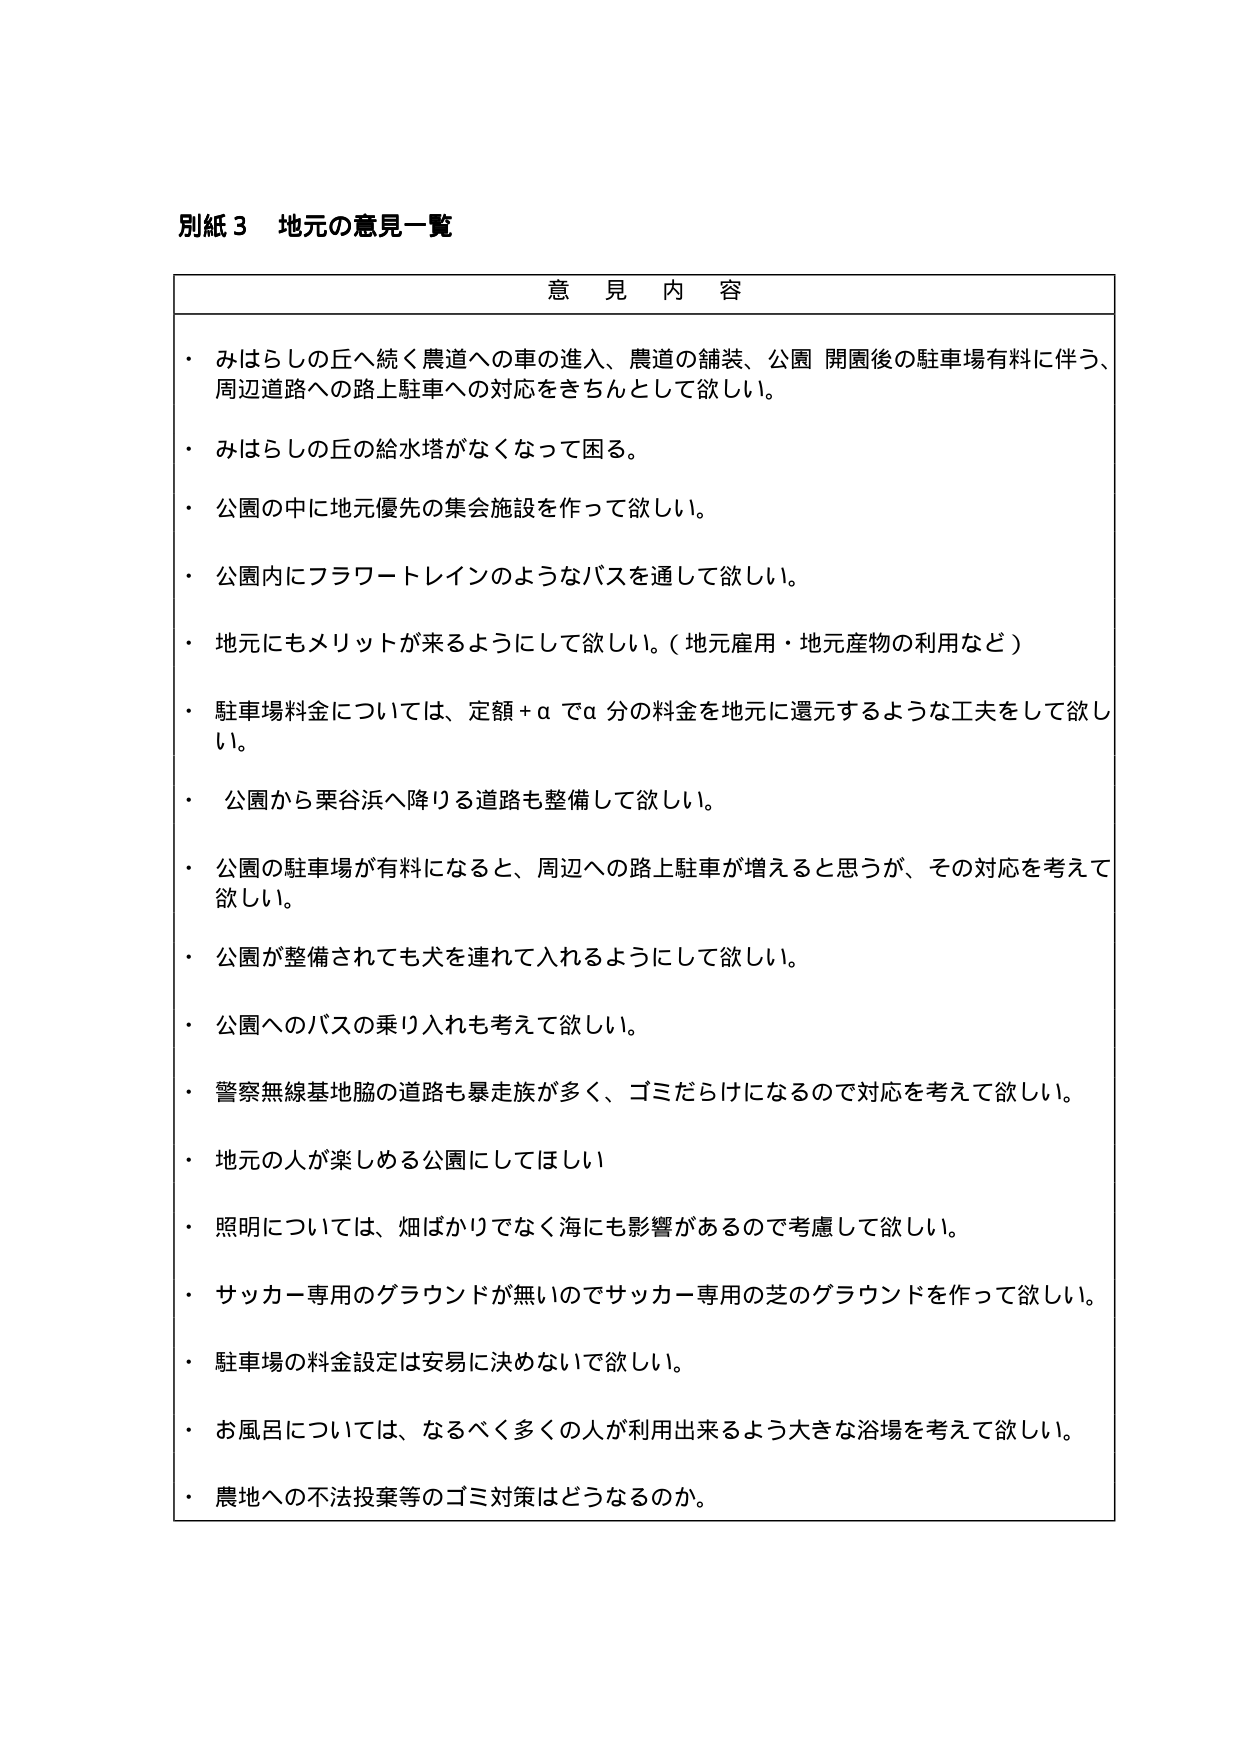
別紙３ 地元の意見一覧

意見内容

・みはらしの丘へ続く農道への車の進入、農道の舗装、公園開園後の駐車場有料に伴う、周辺道路への路上駐車への対応をきちんとして欲しい。

・みはらしの丘の給水塔がなくなって困る。

・公園の中に地元優先の集会施設を作って欲しい。

・公園内にフラワートレインのようなバスを通して欲しい。

・地元にもメリットが来るようにして欲しい。（地元雇用・地元産物の利用など）

・駐車場料金については、定額＋αでα分の料金を地元に還元するような工夫をして欲しい。

・公園から栗谷浜へ降りる道路も整備して欲しい。

・公園の駐車場が有料になると、周辺への路上駐車が増えると思うが、その対応を考えて欲しい。

・公園が整備されても犬を連れて入れるようにして欲しい。

・公園へのバスの乗り入れも考えて欲しい。

・警察無線基地脇の道路も暴走族が多く、ゴミだらけになるので対応を考えて欲しい。

・地元の人が楽しめる公園にしてほしい。

・照明については、煙ばかりでなく海にも影響があるので考慮して欲しい。

・サッカー専用のグラウンドが無いのでサッカー専用の芝のグラウンドを作って欲しい。

・駐車場の料金設定は安易に決めないで欲しい。

・お風呂については、なるべく多くの人が利用出来るよう大きな浴場を考えて欲しい。

・農地への不法投棄等のゴミ対策はどうなるのか。